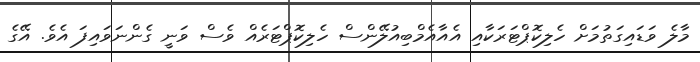
މާލެ ވަޑައިގަތުމަށް ހެލިކޮޕްޓަރަކާއި އެއާއެމްބިއުލޭންސް ހެލިކޮޕްޓަރެއް ވެސް ވަނީ ގެންނަވައިފަ އެވެ. އޭގެ